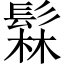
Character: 𬴫